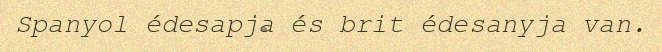
Spanyol édesapja és brit édesanyja van.